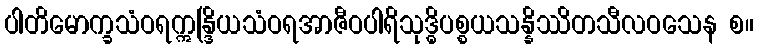
ပါတိမောက္ခသံဝရဣန္ဒြိယသံဝရအာဇီဝပါရိသုဒ္ဓိပစ္စယသန္နိဿိတသီလဝသေန စ။